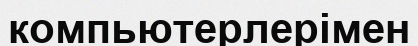
компьютерлерімен